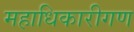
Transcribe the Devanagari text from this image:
महाधिकारीगण